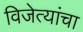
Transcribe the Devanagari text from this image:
विजेत्यांचा